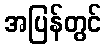
အပြန်တွင်